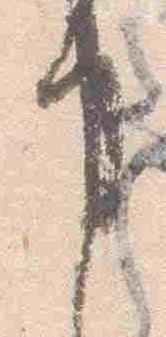
事